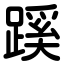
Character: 蹊